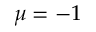
\mu = - 1